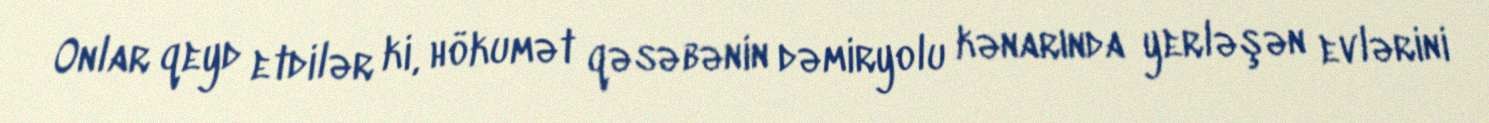
Onlar qeyd etdilər ki, hökumət qəsəbənin dəmiryolu kənarında yerləşən evlərini